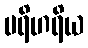
ပရိဟရိယ